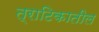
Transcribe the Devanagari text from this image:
त्राटिकातील